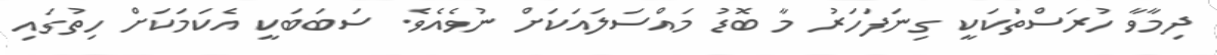
ދިމާވާ ހުރަސްތަކަކީ ގިނަފަހަރު މާ ބޮޑު މައްސަލައަކަށް ނުވެއެވެ. ސަބަބަކީ އެކަމަކަށް ހިތުގައި